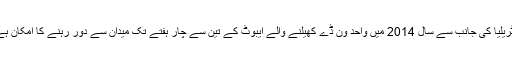
اسٹریليا کی جانب سے سال 2014 میں واحد ون ڈے کھیلنے والے ایبوٹ کے تین سے چار ہفتے تک میدان سے دور رہنے کا امکان ہے ۔